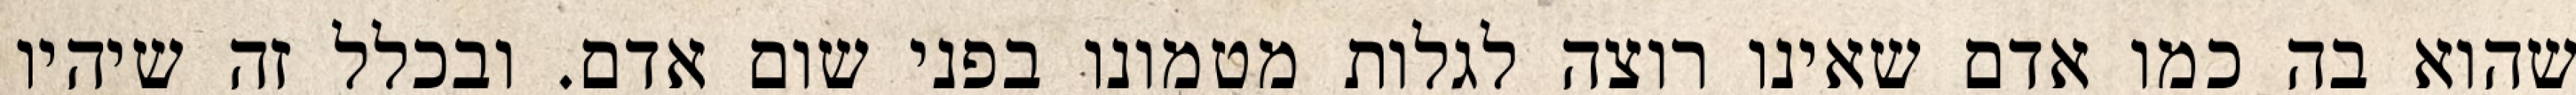
שהוא בה כמו אדם שאינו רוצה לגלות מטמונו בפני שום אדם. ובכלל זה שיהיו